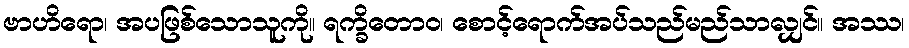
ဗာဟိရော၊ အပဖြစ်သောသူကို။ ရက္ခိတောဝ၊ စောင့်ရောက်အပ်သည်မည်သာလျှင်။ အဿ၊